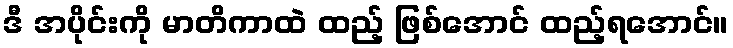
ဒီ အပိုင်းကို မာတိကာထဲ ထည့် ဖြစ်အောင် ထည့်ရအောင်။